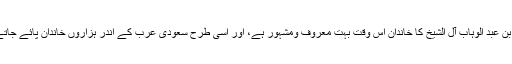
محمد بن عبد الوہاب آل الشیخ کا خاندان اس وقت بہت معروف ومشہور ہے، اور اسى طرح سعودى عرب کے اندر ہزاروں خاندان پائے جاتے ہیں۔